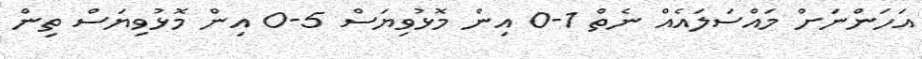
އަހަންނަށް މައްސަލައެއް ނެތް 1-0 އިން މޮޅުވިޔަސް 5-0 އިން މޮޅުވިޔަސް ތިން